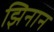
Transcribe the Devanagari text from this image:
झिनान